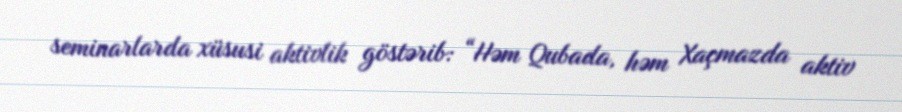
seminarlarda xüsusi aktivlik göstərib: “Həm Qubada, həm Xaçmazda aktiv